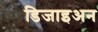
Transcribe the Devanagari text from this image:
डिजाइअन